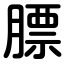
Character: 膘